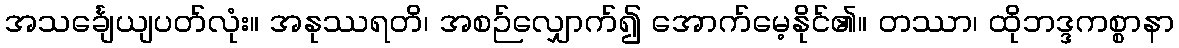
အသင်္ချေယျပတ်လုံး။ အနုဿရတိ၊ အစဉ်လျှောက်၍ အောက်မေ့နိုင်၏။ တဿာ၊ ထိုဘဒ္ဒကစ္စာနာ